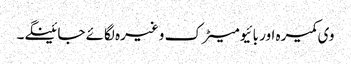
وی کمیرہ اور بائیومیٹرک وغیرہ لگائے جائینگے۔